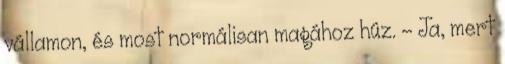
vállamon, és most normálisan magához húz. - Ja, mert